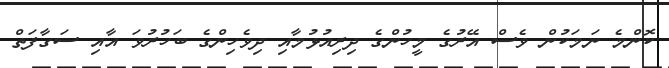
ކޮންމެ ނަމަކުން ވެސް އޭރުގެ މީހުންގެ ދިރިއުޅުމާއި ދިވެހިންގެ ބަހުރުވަ އާއި ސަގާފަތް